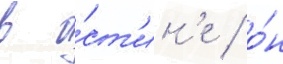
в о́ст'ин'е / о́н